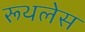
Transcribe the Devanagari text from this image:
रूथलेस